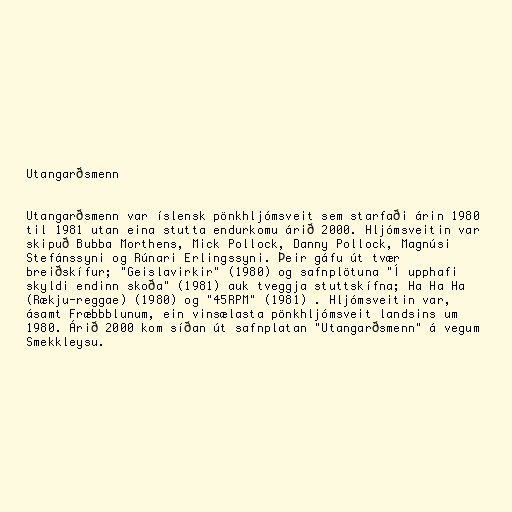
Utangarðsmenn

Utangarðsmenn var íslensk pönkhljómsveit sem starfaði árin 1980
til 1981 utan eina stutta endurkomu árið 2000. Hljómsveitin var
skipuð Bubba Morthens, Mick Pollock, Danny Pollock, Magnúsi
Stefánssyni og Rúnari Erlingssyni. Þeir gáfu út tvær
breiðskífur; "Geislavirkir" (1980) og safnplötuna "Í upphafi
skyldi endinn skoða" (1981) auk tveggja stuttskífna; Ha Ha Ha
(Rækju-reggae) (1980) og "45RPM" (1981) . Hljómsveitin var,
ásamt Fræbbblunum, ein vinsælasta pönkhljómsveit landsins um
1980. Árið 2000 kom síðan út safnplatan "Utangarðsmenn" á vegum
Smekkleysu.